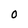
Character: 0